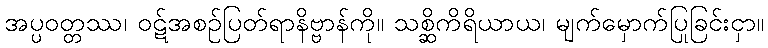
အပ္ပဝတ္တဿ၊ ဝဋ်အစဉ်ပြတ်ရာနိဗ္ဗာန်ကို။ သစ္ဆိကိရိယာယ၊ မျက်မှောက်ပြုခြင်းငှာ။